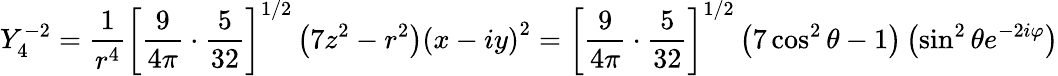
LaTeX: Y_{4}^{-2}={\frac{1}{r^{4}}}\left[{\frac{9}{4\pi}}\cdot{\frac{5}{32}}\right]^{1/2}\left(7z^{2}-r^{2}\right)\left(x-iy\right)^{2}=\left[{\frac{9}{4\pi}}\cdot{\frac{5}{32}}\right]^{1/2}\left(7\cos^{2}\theta-1\right)\left(\sin^{2}\theta e^{-2i\varphi}\right)